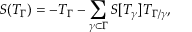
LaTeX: S ( T _ { \Gamma } ) = - T _ { \Gamma } - \sum _ { \gamma \subset \Gamma } S [ T _ { \gamma } ] T _ { \Gamma / \gamma } ,